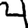
Digit: 4